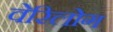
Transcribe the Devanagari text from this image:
वेरिलोग